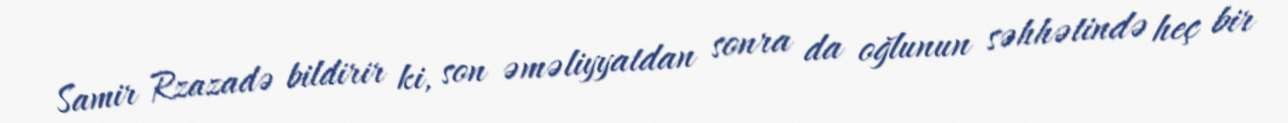
Samir Rzazadə bildirir ki, son əməliyyatdan sonra da oğlunun səhhətində heç bir